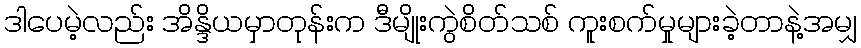
ဒါပေမဲ့လည်း အိန္ဒိယမှာတုန်းက ဒီမျိုးကွဲစိတ်သစ် ကူးစက်မှုများခဲ့တာနဲ့အမျှ